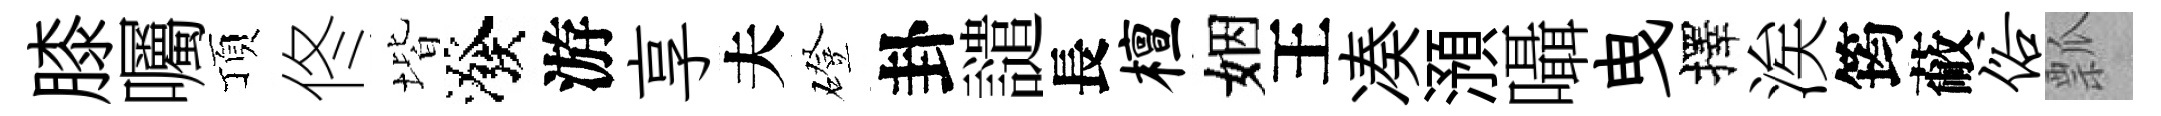
膝囑頂佟堦潑游享夫磴卦譴長檀姻王凑澦囁曳擇涘筠蔽俗瓢